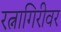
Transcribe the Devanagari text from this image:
रत्नागिरीवर